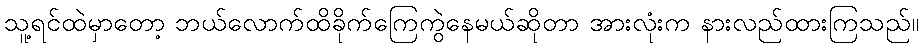
သူ့ရင်ထဲမှာတော့ ဘယ်လောက်ထိခိုက်ကြေကွဲနေမယ်ဆိုတာ အားလုံးက နားလည်ထားကြသည်။